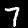
Digit: 7